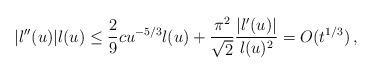
LaTeX: \begin{align*}|l''(u)|l(u)\leq \frac{2}{9}c u^{-5/3}l(u)+\frac{\pi^2}{\sqrt 2}\frac{|l'(u)|}{l(u)^2} = O(t^{1/3})\, , \end{align*}